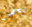
بعض